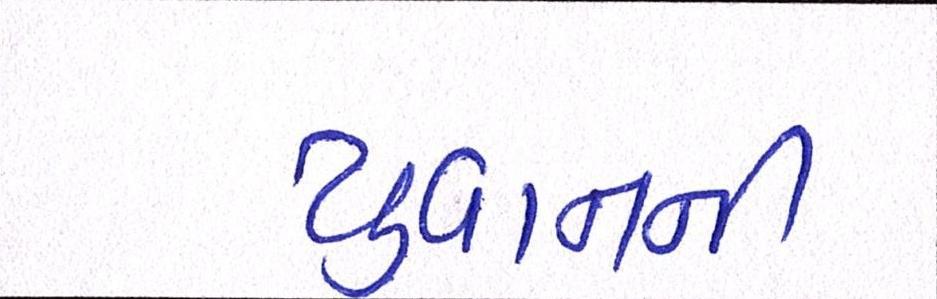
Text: યુવાનની